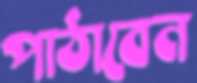
পাঠাবেন